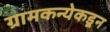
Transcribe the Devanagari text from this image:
ग्रामकन्येकडून